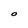
Character: O